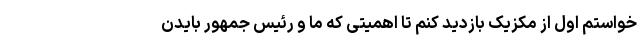
خواستم اول از مکزیک بازدید کنم تا اهمیتی که ما و رئیس جمهور بایدن